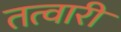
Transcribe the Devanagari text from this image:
तत्वारी